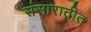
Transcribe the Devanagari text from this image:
संसारातीत